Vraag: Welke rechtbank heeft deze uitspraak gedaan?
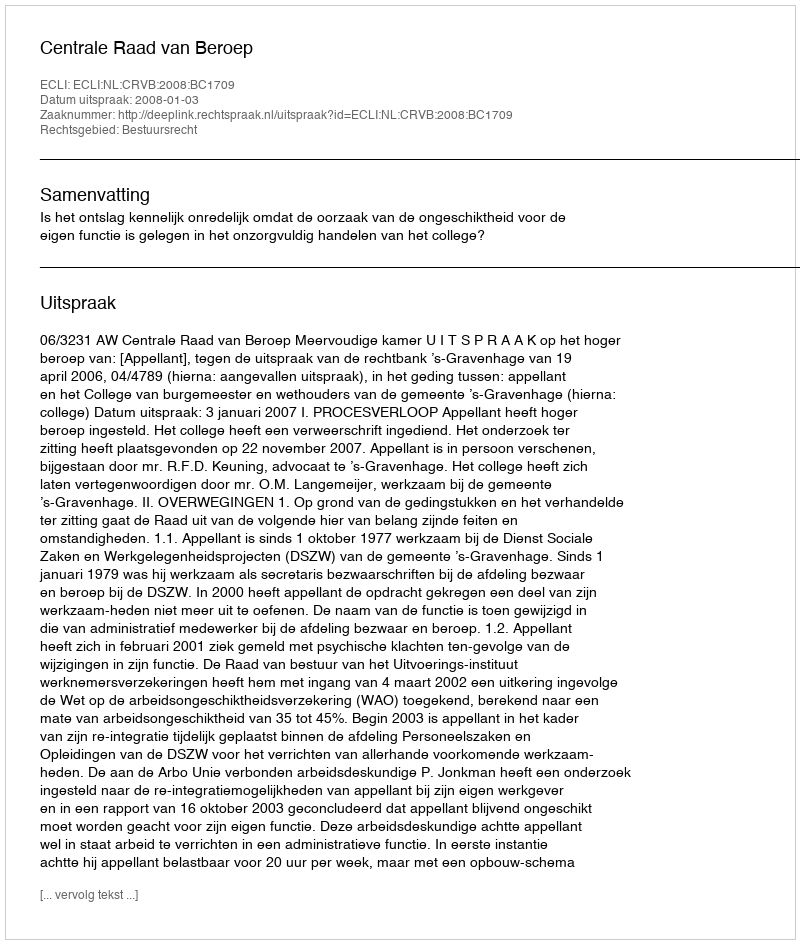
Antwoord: Centrale Raad van Beroep